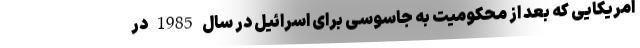
امریکایی که بعد از محکومیت به جاسوسی برای اسرائیل در سال 1985 در